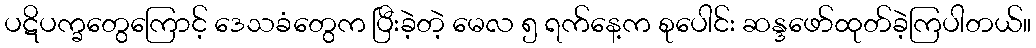
ပဋိပက္ခတွေကြောင့် ဒေသခံတွေက ပြီးခဲ့တဲ့ မေလ ၅ ရက်နေ့က စုပေါင်း ဆန္ဒဖော်ထုတ်ခဲ့ကြပါတယ်။